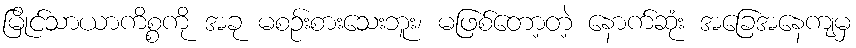
မြိုင်သာယာကိစ္စကို အခု မစဉ်းစားသေးဘူး၊ မဖြစ်တော့တဲ့ နောက်ဆုံး အခြေအနေကျမှ